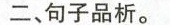
二、句子品析。